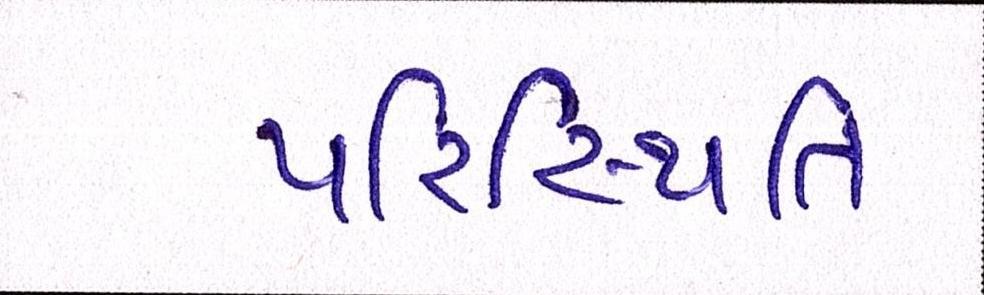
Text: પરિસ્થિતિ